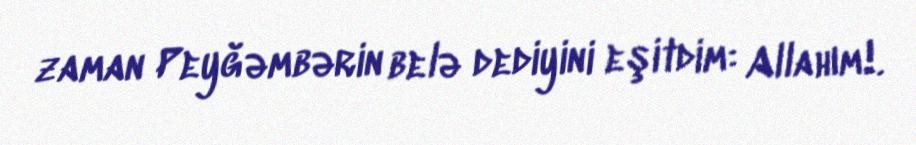
zaman Peyğəmbərin belə dediyini eşitdim: Allahım!.